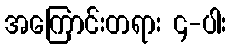
အကြောင်းတရား ၄-ပါး